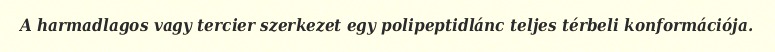
A harmadlagos vagy tercier szerkezet egy polipeptidlánc teljes térbeli konformációja.